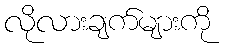
လိုလားချက်များကို